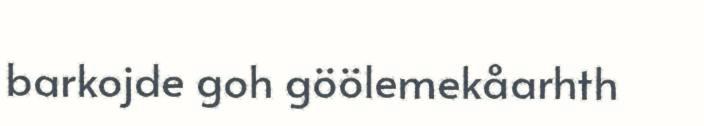
barkojde goh göölemekåarhth